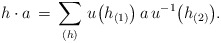
\begin{align*}h \cdot a \, = \, \sum \limits_{(h)} \, u \big( h_{(1)} \big) \, a \, u^{-1} \big( h_{(2)} \big).\end{align*}